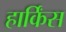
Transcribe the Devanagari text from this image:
हार्किंस